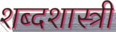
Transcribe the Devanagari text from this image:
शब्दशास्त्री